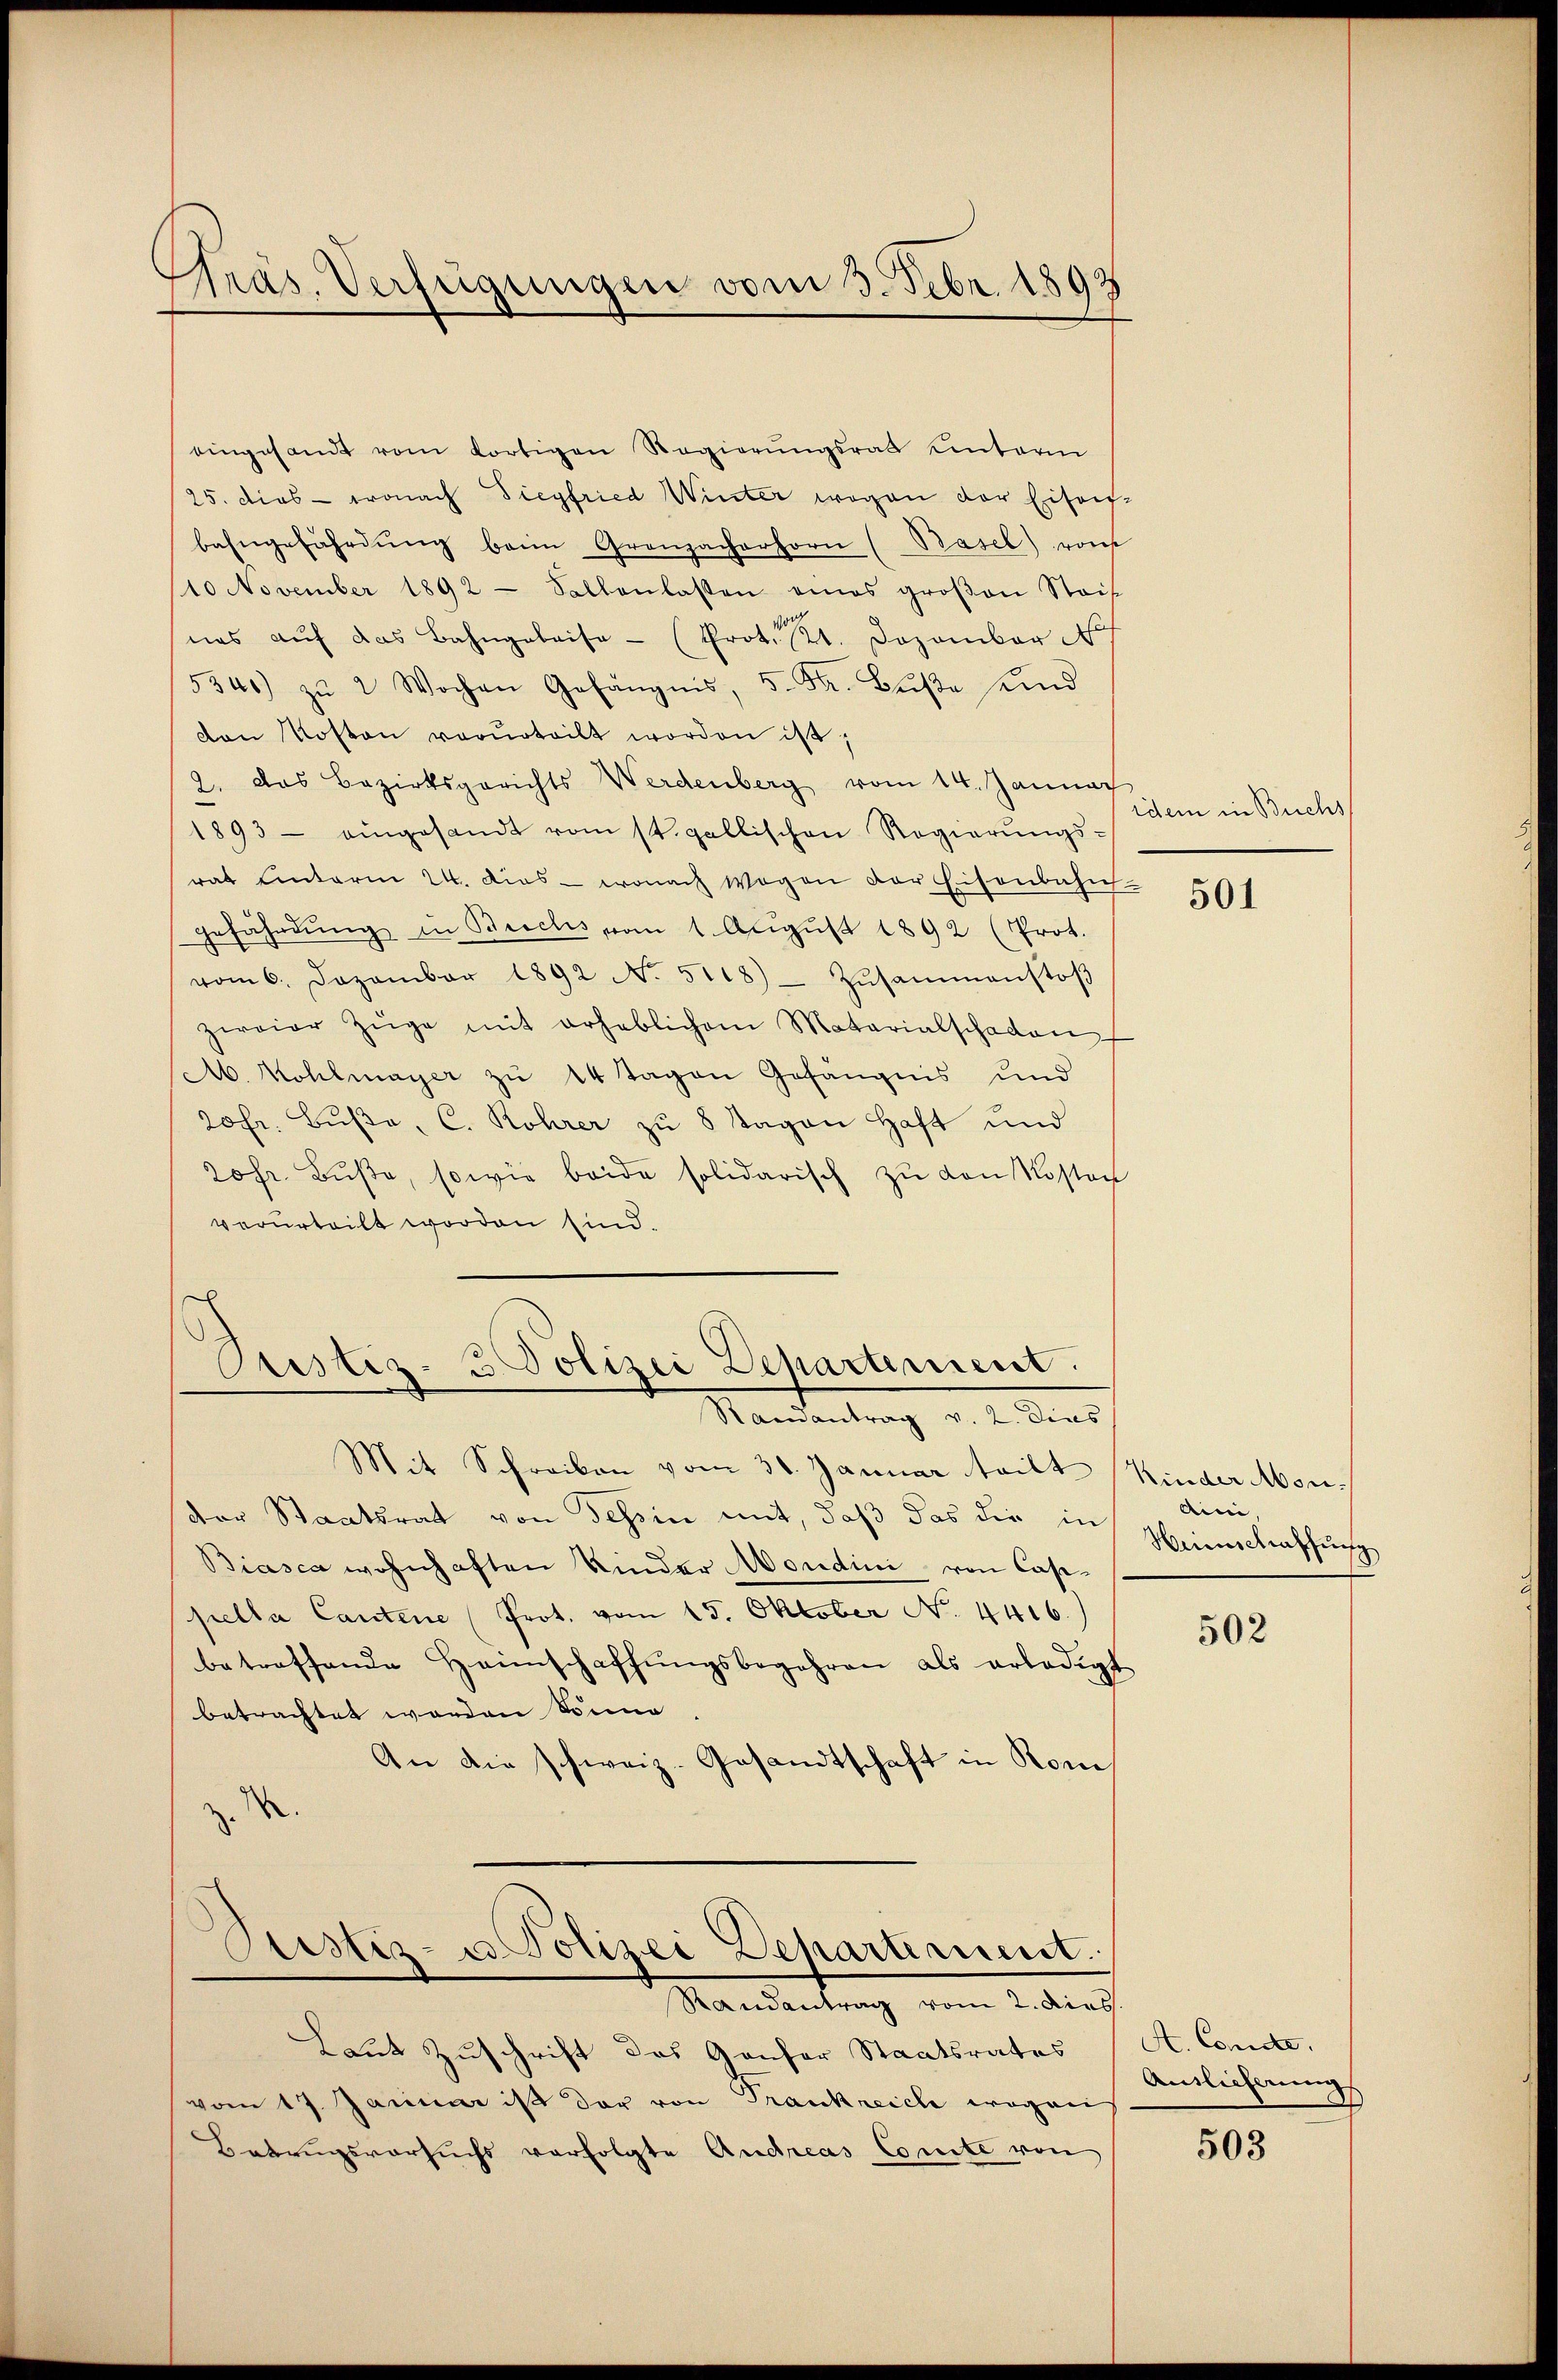
Präs. Verfügungen vom 3. Febr. 1893
1

eingesandt vom dortigen Regierŭngsrath einterm
25. dies - wonach Siegfried Winter wegen der Eisen-
bahngefährdŭng beim Grenzacherhorn (Basel) von
10 November 1892 - Sallenlassen eines groβen Stais
nas aŭf das Bahngeleise - (Prot. 121. Dezember 1
5340) zŭ 2 Wochen Gefängnis, 5. Fr. Bŭβe und
dan Kosten verurteilt worden ist;
2. Das Bezirksgerichts Werdenberg vom 14. Jannac
1893 - eingesandt vom st. gallischen Regierungs-
rat Einterm 24. dies - wonach wegen der Eisenbahn-
e
gefährdŭng in Beichs vom 1. Aŭgŭst 1892 (Prot.
vom 6. Dezember 1892 No. 5118) Zusammenstoβ
zwaier Züge mit erheblichem Materialschaden
A. Kohlmayer zu 14 Tagen Gefängnis und
20fr. Bŭβe, C. Rohrer zu 8 Tagen Haft und
20fr. Bŭβe, sowie beide solidarisch zu von Kosten
verurteilt worden sind.

Prustiz- u. Polizei Departement.
Randantrag v. 2. Dies

Bestiz- u. Polizei Departement.
Mandantung vom 2. der

Laut Zuschrift das Ganfer Staatsrates
vom 17. Januar ist der von Trankreich wegen
Betrugsversuchs verfolgte Andreas Comite von

Mit Schreiben vom 31. Januar teilt Kinder Mon.
der Staatsrat von Tessin mit, daß das die in
Biasca wohnhaften Kinder Mordini von Casepella Cautene Prot. vom 15. Oktober N. 4416.
betreffende Heimschaffŭngsbegehren als erledigt
betrachtet worden Sonna
An die schweiz. Gesandtschaft in Rom
s

idem in Buchs

501

Aini,
Weinschaffung

502

A. Concle.
Antlicherung

503